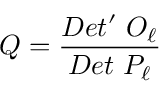
Q = { \frac { D e t ^ { \prime } \ O _ { \ell } } { D e t \ P _ { \ell } } }